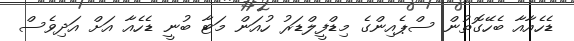
ޑެހެއާއާ ބެހޭގޮތުން ސްޕެއިންގެ މިޑްފީލްޑަރު ހުއަން މަޓާ ބުނީ ޑެހެއާ އަށް އަދިވެސް